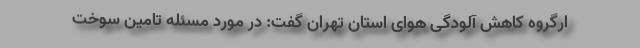
ارگروه کاهش آلودگی هوای استان تهران گفت: در مورد مسئله تامین سوخت